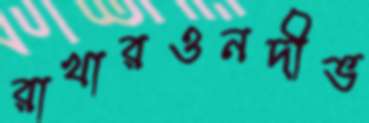
রাখারওনদীভ